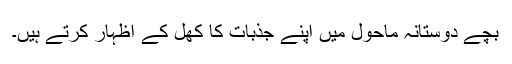
بچے دوستانہ ماحول میں اپنے جذبات کا کھل کے اظہار کرتے ہیں۔